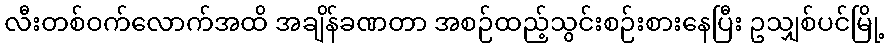
လီးတစ်ဝက်လောက်အထိ အချိန်ခဏတာ အစဉ်ထည့်သွင်းစဉ်းစားနေပြီး ဥသျှစ်ပင်မြို့